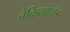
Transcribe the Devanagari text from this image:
ब्रैकियोपॉड